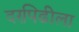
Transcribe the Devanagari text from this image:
दरपिढीला